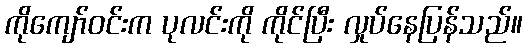
ကိုကျော်ဝင်းက ပုလင်းကို ကိုင်ပြီး လှုပ်နေပြန်သည်။